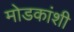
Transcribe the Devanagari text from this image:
मोडकांशी